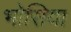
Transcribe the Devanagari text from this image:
भोसिया